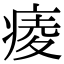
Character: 𤷖